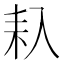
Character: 𠓩